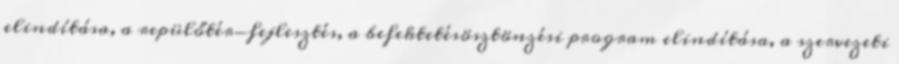
elindítása, a repülőtér-fejlesztés, a befektetésösztönzési program elindítása, a szervezeti